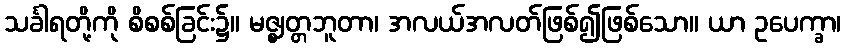
သင်္ခါရတို့ကို စိစစ်ခြင်း၌။ မဇ္ဈတ္တဘူတာ၊ အလယ်အလတ်ဖြစ်၍ဖြစ်သော။ ယာ ဥပေက္ခာ၊